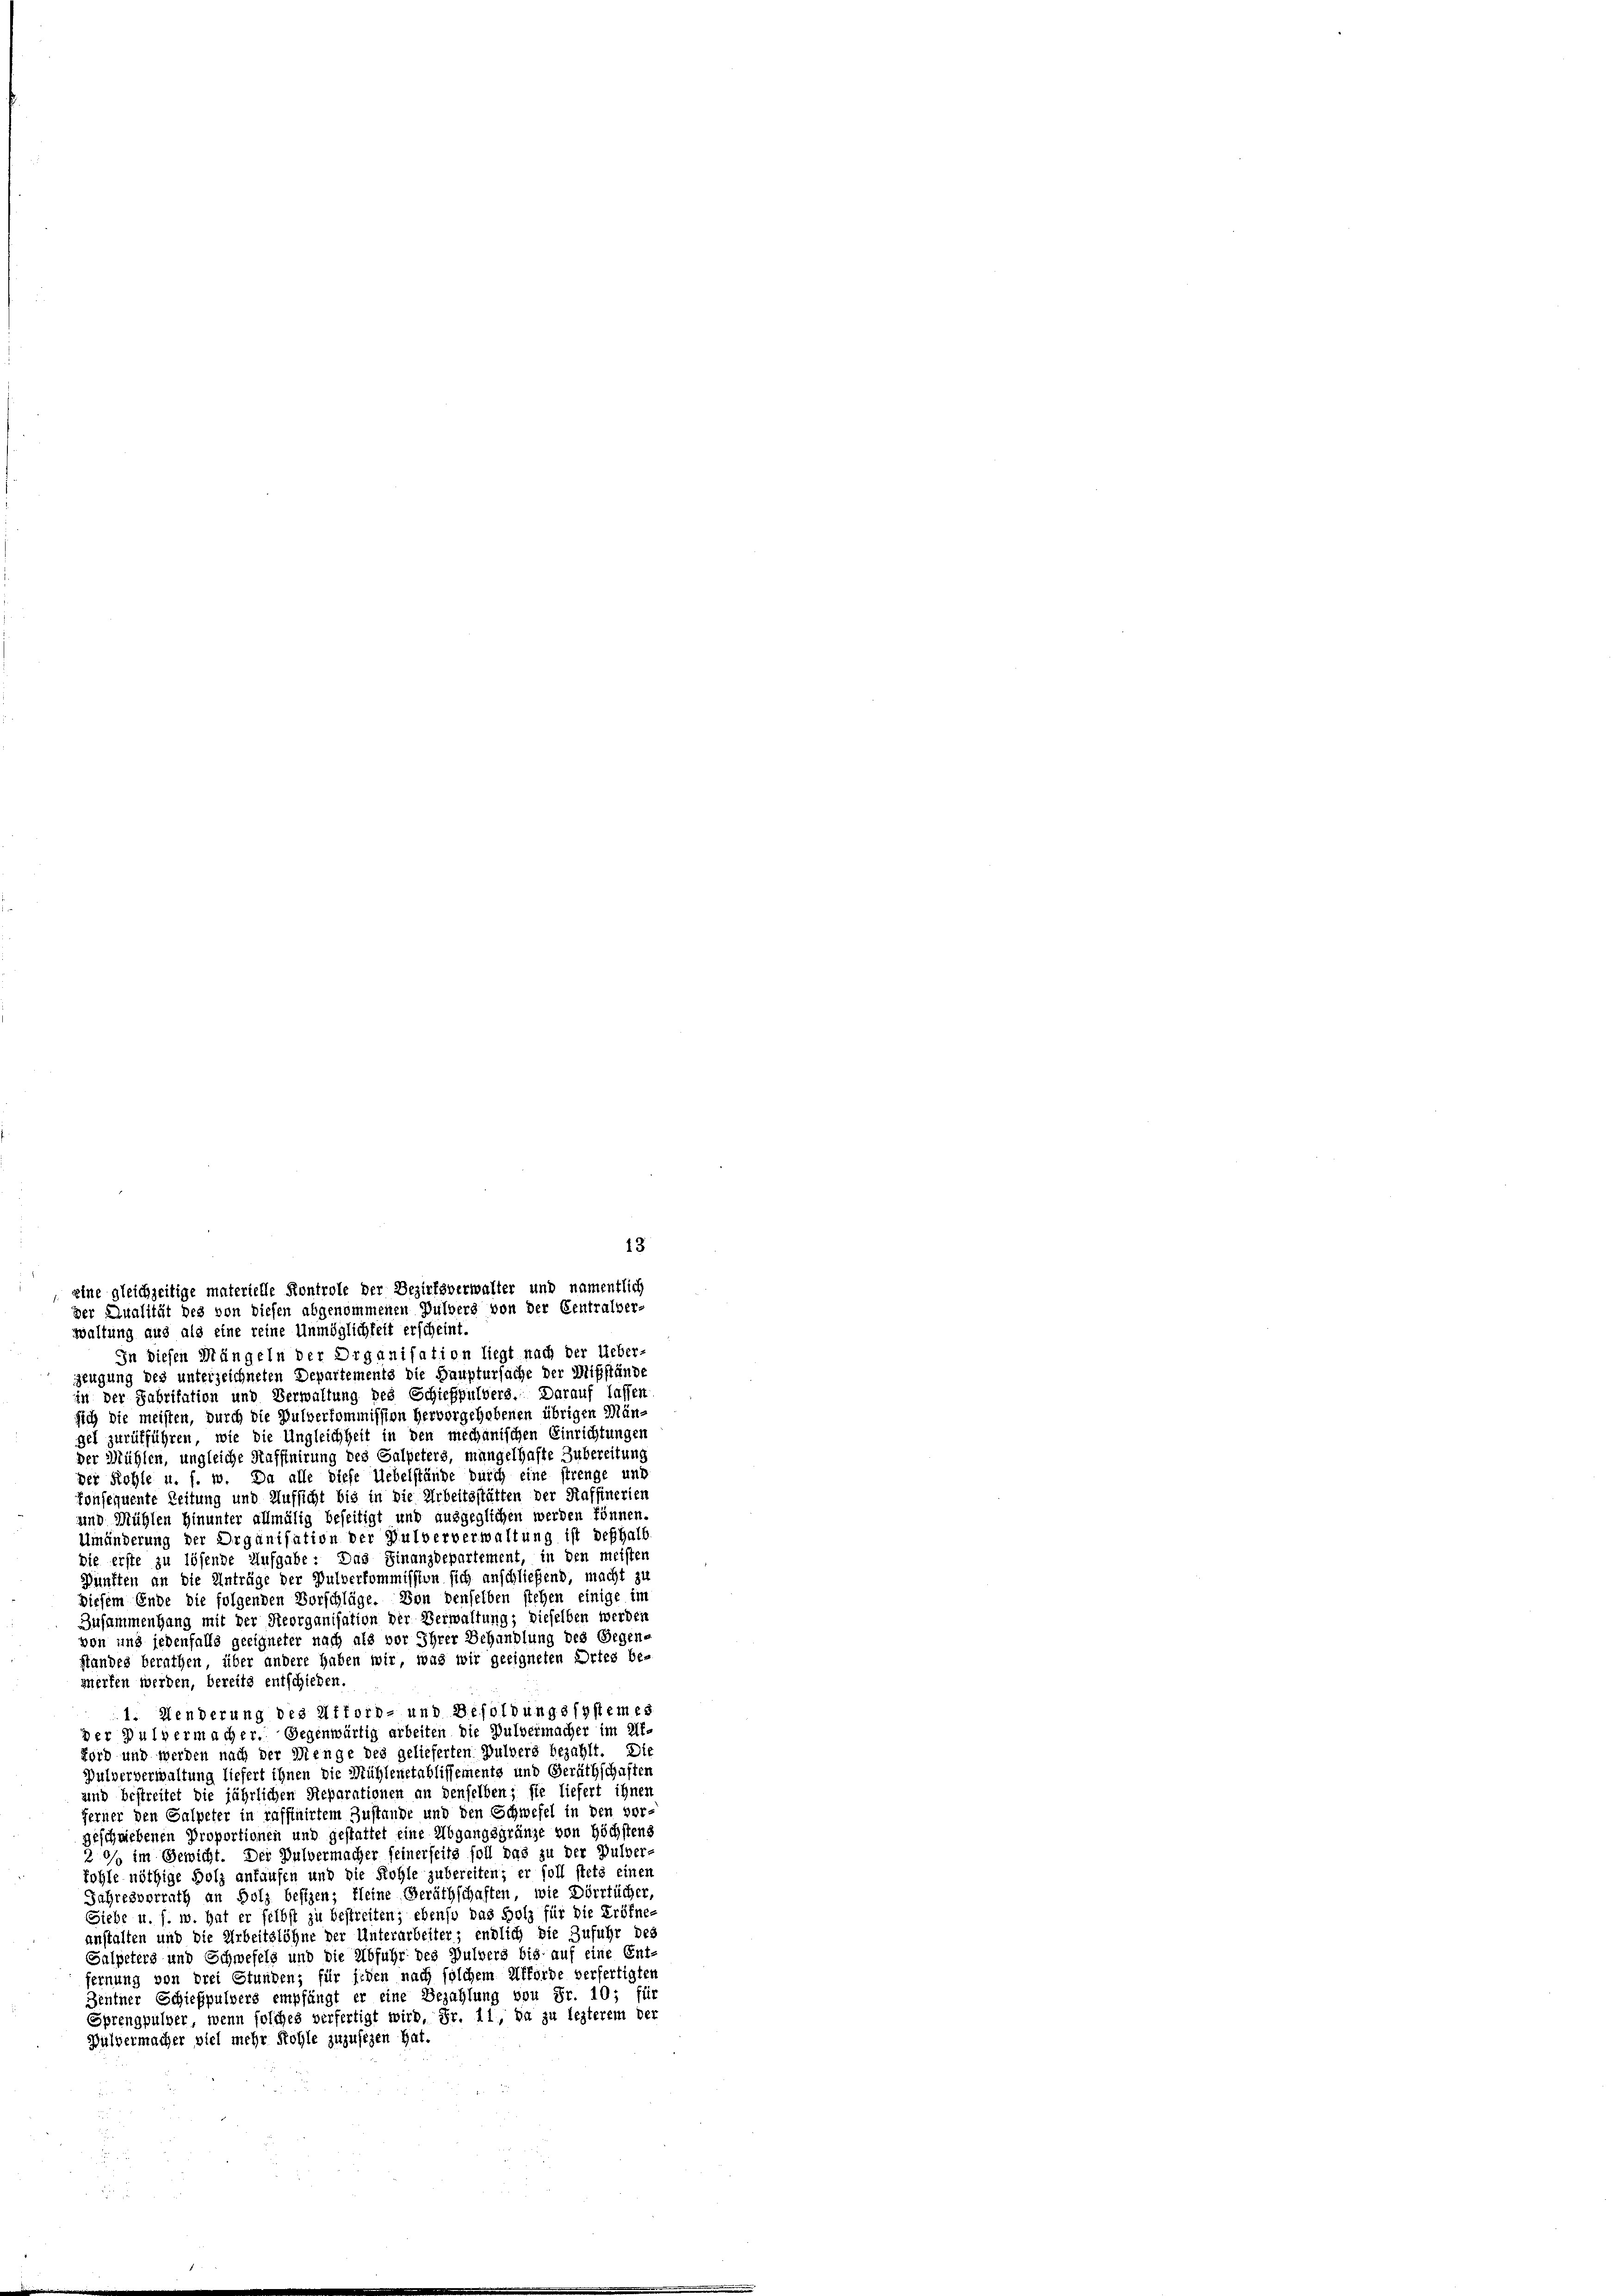
13
eine gleichzeitige materielle Kontrole der Bezirksverwalter und namentlich
der Qualität des von diesen abgenommenen Pulvers von der Centralver-

waltung aus als eine reine Unmöglichkeit erscheint.
In diesen Müngeln der Organisation liegt nach der Ueber-
zeugung des unterzeichneten Departements die Hauptursache der Mißstände
in der Fabritation und Verwaltung des Schickpulvers. Darauf lasser
sich die meisten, durch die Pulverkommission hervorgehobenen übrigen Män-
gel zurükführen, wie die Ungleichheit in den mechanischen Einrichtungen
der Mühlen, ungleiche Kafffnirung des Galpeters, mangelhafte Zubereitung
der Kohle u. s. w. Da alle diese Uebelstände durch eine strenge und
konsequente Zeitung und Aufsicht bis in die Arbeitsstätten der Raffinerien
und Mühlen Hinunter allmälig beseitigt und ausgeglichen werden können.
Umänderung der Organisation der Pulververwaltung ist deßhalb
die erste zu lösende Aufgabe: Das Finanzdepartement, in den meisten
Dünften an die Anträge der Pulverkommission sich anschließend, macht zu
Diesem Ende die folgenden Vorschläge. Von denselben stehen einige im
Zusammenhang mit der Reorganisation der Verwaltung; dieselben werden
von und jedenfalls geeigneter nach als vor Ihrer Behandlung des Gegen-
standes berathen, über andere haben wir, was wir geeigneten Ortes be-
werfen werden, bereits entschieden.
1. Wenderung des Afford- und Besoldungssystemes
der Pulvermacher. Gegenwärtig arbeiten die Pulvermacher im Alt-
Lord und werden nach der Menge des gelieferten Pulvers bezahlt. Die
Pulververwaltung liefert ihnen die Mühlenetablissements und Geräthschaften
und bestreitet die jährlichen Reparationen an denselben; sie liefert ihnen
ferner den Salpeter in raffinirtem Zustande und den Schwefel in den vor-
geschriebenen Proportionen und gestattet eine Abgangsgränze von Höchstens
20/ im Gewicht. Der Pulvermacher seinerseits soll das zu der Pulver-
kohle nöthige Holz ankaufen und die Kohle zubereiten; er soll stets einen
Jahresverrath an Holz besizen; kleine Geräthschaften, wie Dörrtücher,
Siebe u. f. w. hat er selbst zu bestreiten; ebenso das Holz für die Eröfne-
anstalten und die Arbeitslöhne der Unterarbeiter; endlich die Zufuhr des
Salpeters und Schwefels und die Abfuhr des Pulvers bis auf eine Ent-
fernung von drei Stunden; für jeden nach solchem Ufförde verfertigten
Zentner Schießpulvers empfängt er eine Bezahlung von Fr. 10; für
Sprengpulver, wenn solches verfertigt wird. Fr. 11, da zu lezterem der
Bulvermacher viel mehr Kohle zuzufezen hat.